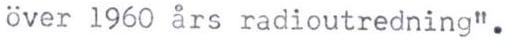
över 1960 års radioutredning".